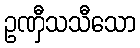
ဥဏှီသသီသော